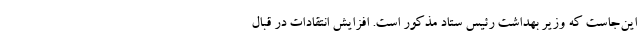
این‌جاست که وزیر بهداشت رئیس ستاد مذکور است‌. افزایش انتقادات در قبال